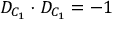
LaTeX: D _ { C _ { 1 } } \cdot D _ { C _ { 1 } } = - 1